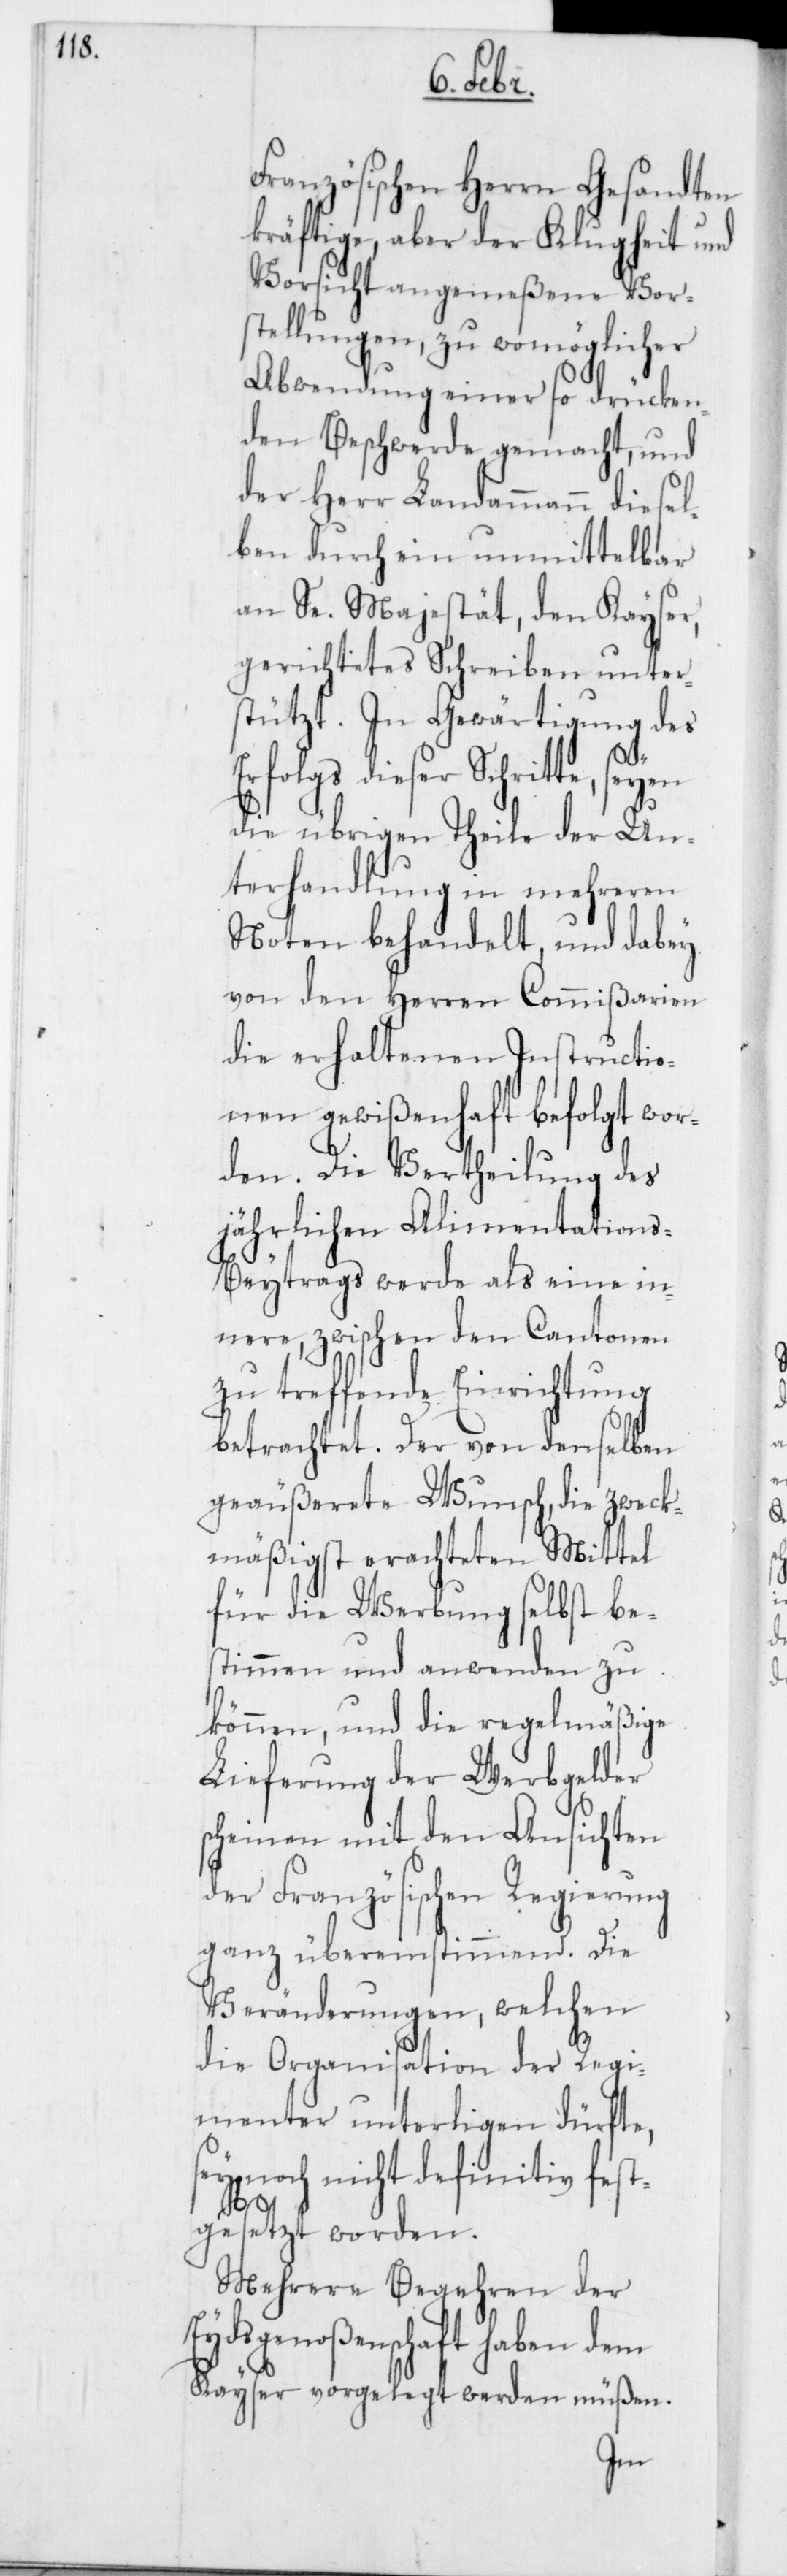
Französischen Herrn Gesandten
kräftige, aber der Klugheit und
Vorsicht angemeßene Vor¬
stellungen, zu womöglicher
Abwendung einer so drücken¬
den Beschwerde gemacht, und
der Herr Landammann diesel¬
ben durch ein unmittelbar
an Se. Majestät, den Kayser,
gerichtetes Schreiben unters¬
tützt. In Gewärtigung des
Erfolgs dieser Schritte,
die übrigen Theile der Un¬
terhandlung in mehreren
Noten behandelt, und dabey
von den Herren Commißarien
die erhaltenen Instructio¬
nen gewißenhaft befolgt wor¬
den. Die Vertheilung des
jährlichen Alimentation¬
s-Beytrags werde als eine in¬
nere, zwischen den Cantonen
zu treffende Einrichtung
betrachtet. Der von denselben
geäußerete Wunsch, die zweck¬
mäßigst erachteten Mittel
für die Werbung selbst be¬
stimmen und anwenden zu
können, und die regelmäßige
Lieferung der Werbgelder
scheinen mit den Ansichten
der Französischen Regierung
ganz übereinstimmend. Die
Veränderungen, welchen
die Organisation der Regi¬
menter unterligen dürfte,
sey noch nicht definitiv fest¬
gesetzt worden.
Mehrere Begehren der
Eydsgenoßenschaft haben dem
Kayser vorgelegt werden müßen.